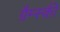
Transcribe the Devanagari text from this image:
ग्रैम्स्की